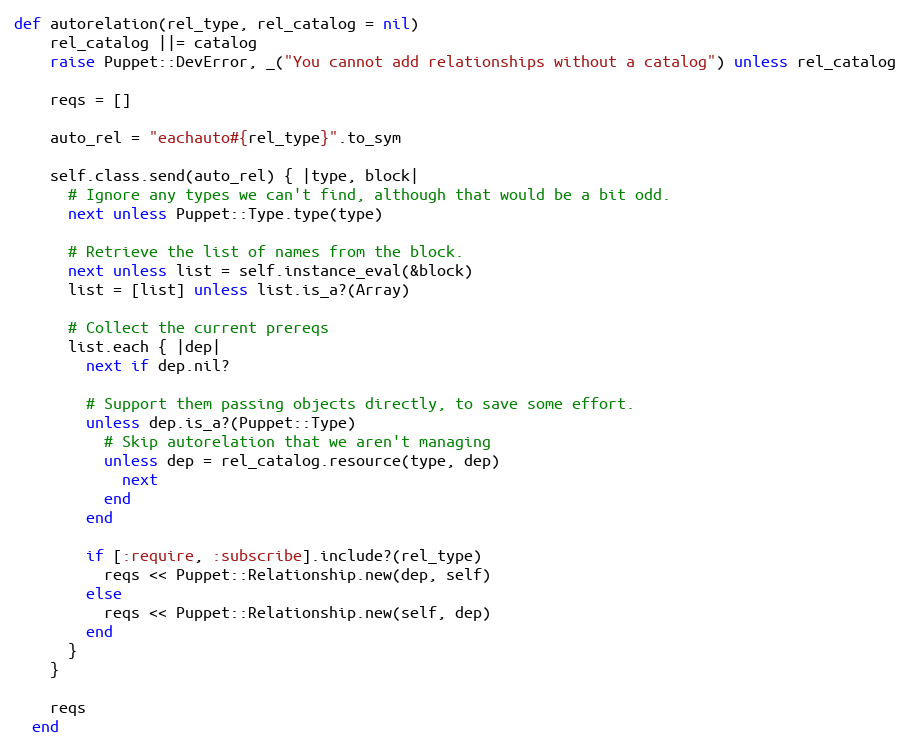
Language: Ruby
def autorelation(rel_type, rel_catalog = nil)
    rel_catalog ||= catalog
    raise Puppet::DevError, _("You cannot add relationships without a catalog") unless rel_catalog

    reqs = []

    auto_rel = "eachauto#{rel_type}".to_sym

    self.class.send(auto_rel) { |type, block|
      # Ignore any types we can't find, although that would be a bit odd.
      next unless Puppet::Type.type(type)

      # Retrieve the list of names from the block.
      next unless list = self.instance_eval(&block)
      list = [list] unless list.is_a?(Array)

      # Collect the current prereqs
      list.each { |dep|
        next if dep.nil?

        # Support them passing objects directly, to save some effort.
        unless dep.is_a?(Puppet::Type)
          # Skip autorelation that we aren't managing
          unless dep = rel_catalog.resource(type, dep)
            next
          end
        end

        if [:require, :subscribe].include?(rel_type)
          reqs << Puppet::Relationship.new(dep, self)
        else
          reqs << Puppet::Relationship.new(self, dep)
        end
      }
    }

    reqs
  end